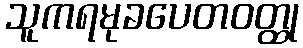
သူကရမုခပေတဝတ္ထု